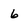
Character: 6